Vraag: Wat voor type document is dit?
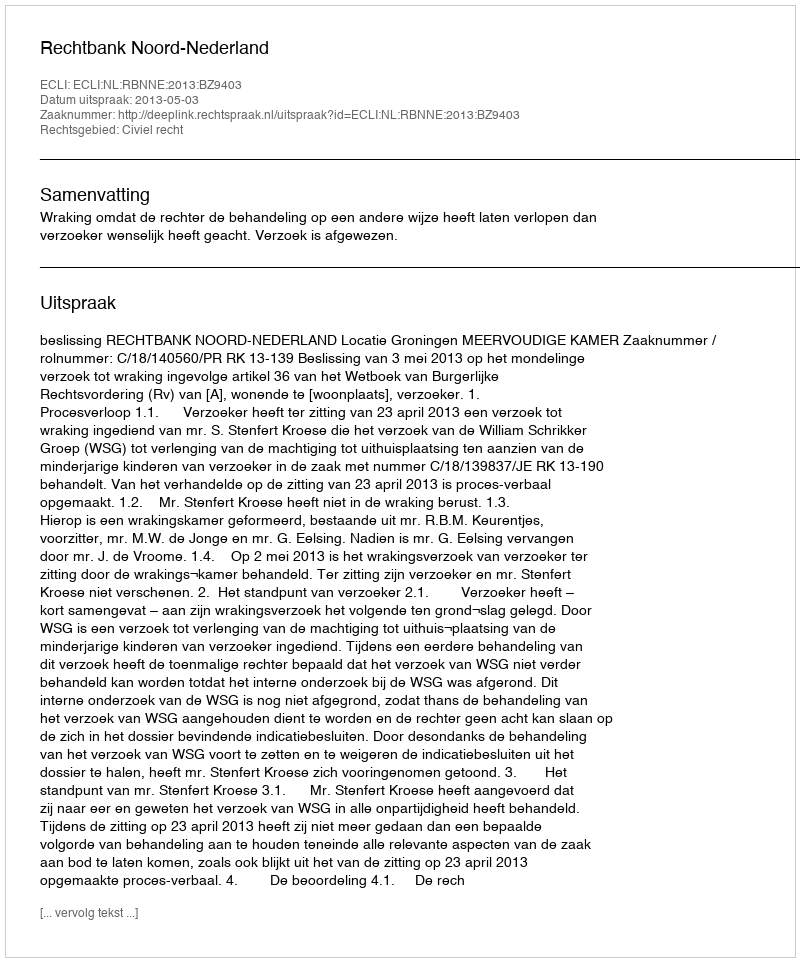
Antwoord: Uitspraak